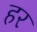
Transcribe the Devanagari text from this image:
हर